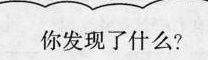
你发现了什么？